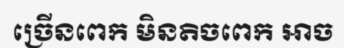
ច្រើនពេក មិនតិចពេក អាច